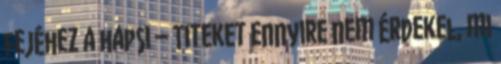
fejéhez a hapsi – Titeket ennyire nem érdekel, mi